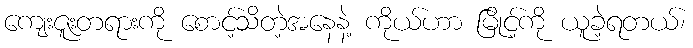
ကျေးဇူးတရားကို စောင့်သိတဲ့အနေနဲ့ ကိုယ်ဟာ မြိုင့်ကို ယူခဲ့ရတယ်၊